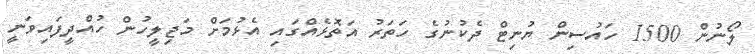
ލޯނުން 1500 ހައުސިން ޔުނިޓް ދެކުނުގެ ހަތަރު އަތޮޅެއްގައި އެޅުމަށް މަޖިލީހުން ހުއްދީފައިވަނީ